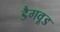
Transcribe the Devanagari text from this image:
डैगवूड